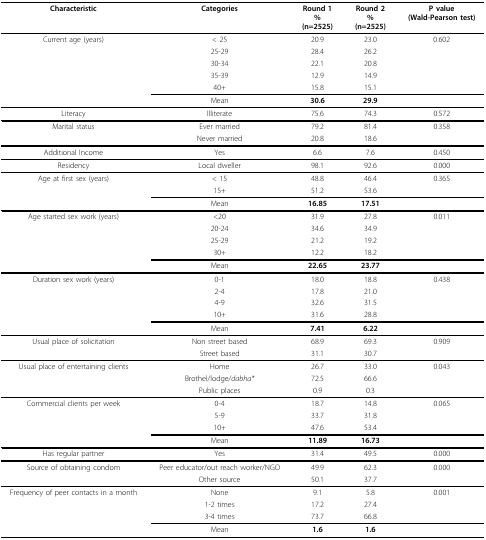
<table><thead><tr><td><b>Characteristic</b></td><td><b>Categories</b></td><td><b>Round 1%(n=2525)</b></td><td><b>Round 2%(n=2525)</b></td><td><b>P value(Wald-Pearson test)</b></td></tr></thead><tbody><tr><td>Current age (years)</td><td>&lt; 25</td><td>20.9</td><td>23.0</td><td>0.602</td></tr><tr><td></td><td>25-29</td><td>28.4</td><td>26.2</td><td></td></tr><tr><td></td><td>30-34</td><td>22.1</td><td>20.8</td><td></td></tr><tr><td></td><td>35-39</td><td>12.9</td><td>14.9</td><td></td></tr><tr><td></td><td>40+</td><td>15.8</td><td>15.1</td><td></td></tr><tr><td></td><td>Mean</td><td><b>30.6</b></td><td><b>29.9</b></td><td></td></tr><tr><td>Literacy</td><td>Illiterate</td><td>75.6</td><td>74.3</td><td>0.572</td></tr><tr><td>Marital status</td><td>Ever married</td><td>79.2</td><td>81.4</td><td>0.358</td></tr><tr><td></td><td>Never married</td><td>20.8</td><td>18.6</td><td></td></tr><tr><td>Additional Income</td><td>Yes</td><td>6.6</td><td>7.6</td><td>0.450</td></tr><tr><td>Residency</td><td>Local dweller</td><td>98.1</td><td>92.6</td><td>0.000</td></tr><tr><td>Age at first sex (years)</td><td>&lt; 15</td><td>48.8</td><td>46.4</td><td>0.365</td></tr><tr><td></td><td>15+</td><td>51.2</td><td>53.6</td><td></td></tr><tr><td></td><td>Mean</td><td><b>16.85</b></td><td><b>17.51</b></td><td></td></tr><tr><td>Age started sex work (years)</td><td>&lt;20</td><td>31.9</td><td>27.8</td><td>0.011</td></tr><tr><td></td><td>20-24</td><td>34.6</td><td>34.9</td><td></td></tr><tr><td></td><td>25-29</td><td>21.2</td><td>19.2</td><td></td></tr><tr><td></td><td>30+</td><td>12.2</td><td>18.2</td><td></td></tr><tr><td></td><td>Mean</td><td><b>22.65</b></td><td><b>23.77</b></td><td></td></tr><tr><td>Duration sex work (years)</td><td>0-1</td><td>18.0</td><td>18.8</td><td>0.438</td></tr><tr><td></td><td>2-4</td><td>17.8</td><td>21.0</td><td></td></tr><tr><td></td><td>4-9</td><td>32.6</td><td>31.5</td><td></td></tr><tr><td></td><td>10+</td><td>31.6</td><td>28.8</td><td></td></tr><tr><td></td><td>Mean</td><td><b>7.41</b></td><td><b>6.22</b></td><td></td></tr><tr><td>Usual place of solicitation</td><td>Non street based</td><td>68.9</td><td>69.3</td><td>0.909</td></tr><tr><td></td><td>Street based</td><td>31.1</td><td>30.7</td><td></td></tr><tr><td>Usual place of entertaining clients</td><td>Home</td><td>26.7</td><td>33.0</td><td>0.043</td></tr><tr><td></td><td>Brothel/lodge/<i>dabha*</i></td><td>72.5</td><td>66.6</td><td></td></tr><tr><td></td><td>Public places</td><td>0.9</td><td>0.3</td><td></td></tr><tr><td>Commercial clients per week</td><td>0-4</td><td>18.7</td><td>14.8</td><td>0.065</td></tr><tr><td></td><td>5-9</td><td>33.7</td><td>31.8</td><td></td></tr><tr><td></td><td>10+</td><td>47.6</td><td>53.4</td><td></td></tr><tr><td></td><td>Mean</td><td><b>11.89</b></td><td><b>16.73</b></td><td></td></tr><tr><td>Has regular partner</td><td>Yes</td><td>31.4</td><td>49.5</td><td>0.000</td></tr><tr><td>Source of obtaining condom</td><td>Peer educator/out reach worker/NGO</td><td>49.9</td><td>62.3</td><td>0.000</td></tr><tr><td></td><td>Other source</td><td>50.1</td><td>37.7</td><td></td></tr><tr><td>Frequency of peer contacts in a month</td><td>None</td><td>9.1</td><td>5.8</td><td>0.001</td></tr><tr><td></td><td>1-2 times</td><td>17.2</td><td>27.4</td><td></td></tr><tr><td></td><td>3-4 times</td><td>73.7</td><td>66.8</td><td></td></tr><tr><td></td><td>Mean</td><td><b>1.6</b></td><td><b>1.6</b></td><td></td></tr></tbody></table>